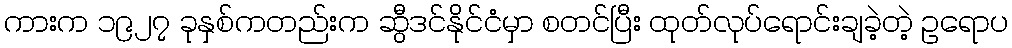
ကားက ၁၉၂၇ ခုနှစ်ကတည်းက ဆွီဒင်နိုင်ငံမှာ စတင်ပြီး ထုတ်လုပ်ရောင်းချခဲ့တဲ့ ဥရောပ